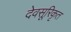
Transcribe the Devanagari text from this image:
देवसूरिकृत